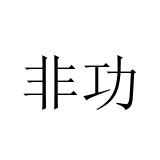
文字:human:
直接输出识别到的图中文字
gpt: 非功